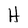
Character: H